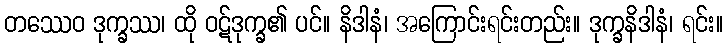
တဿေဝ ဒုက္ခဿ၊ ထို ဝဋ်ဒုက္ခ၏ ပင်။ နိဒါနံ၊ အကြောင်းရင်းတည်း။ ဒုက္ခနိဒါနံ၊ ရင်း။